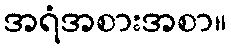
အရံအစားအစာ။